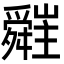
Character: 𦨁